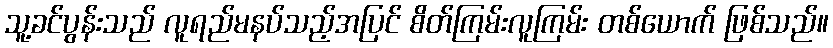
သူ့ခင်ပွန်းသည် လူရည်မနပ်သည့်အပြင် စိတ်ကြမ်းလူကြမ်း တစ်ယောက် ဖြစ်သည်။